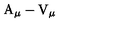
\mathrm { \boldmath A } _ { \mu } - \mathrm { \boldmath V } _ { \mu }